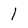
Character: 1